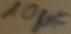
Text: 10µF